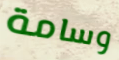
وسامة